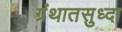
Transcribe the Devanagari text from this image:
ग्रंथातसुध्दा